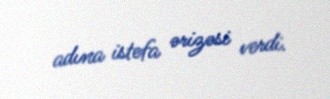
adına istefa ərizəsi verdi.